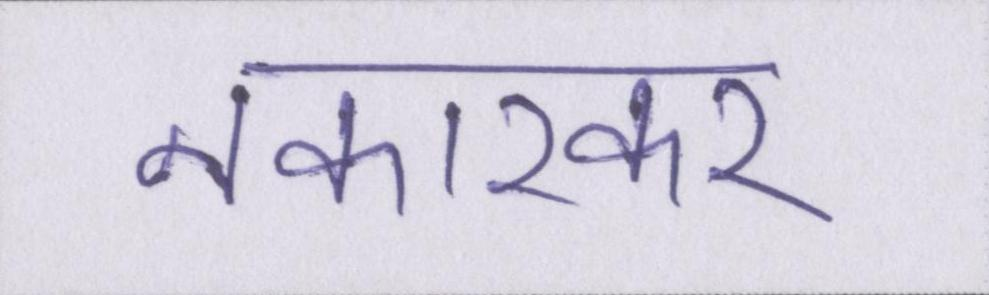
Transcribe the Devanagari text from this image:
नकारकर